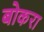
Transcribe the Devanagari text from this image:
बोकरा